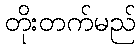
တိုးတက်မည်